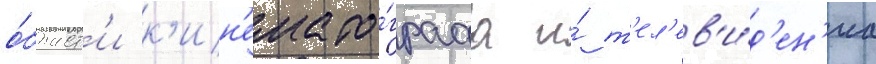
о́бласт'и к'ин'емато́графа и́ т'ел'ев'и́д'ен'иа